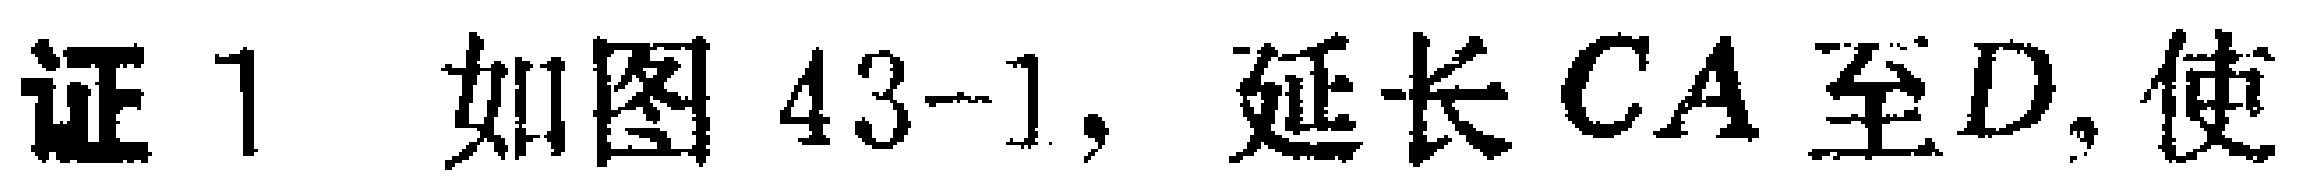
证1 如图43-1, 延长 \(CA\) 至 \(D\), 使